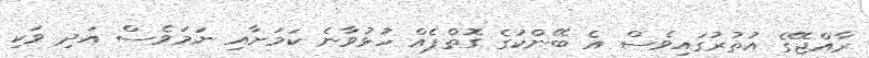
ރާއްޖޭގެ އުތުރުގައިވެސް އެ ބޭންކުގެ ގޮތްޕެއް ހުޅުވާނެ ކަމަށާއި ނަމަވެސް އަދި ވަކި